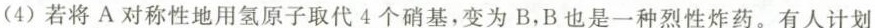
(4)若将A对称性地用氢原子取代4个硝基，变为B，B也是一种烈性炸药。有人计划